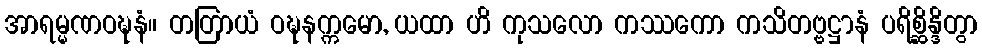
အာရမ္မဏဝဍ္ဎနံ။ တတြာယံ ဝဍ္ဎနက္ကမော, ယထာ ဟိ ကုသလော ကဿကော ကသိတဗ္ဗဋ္ဌာနံ ပရိစ္ဆိန္ဒိတွာ